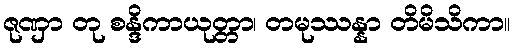
ဇုဏှာ တု စန္ဒိကာယုတ္တာ၊ တမုဿန္နာ တိမိသိကာ။